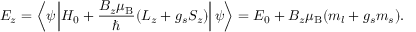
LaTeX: E _ { z } = \left\langle \psi \left| H _ { 0 } + { \frac { B _ { z } \mu _ { \mathrm { { B } } } } { \hbar } } ( L _ { z } + g _ { s } S _ { z } ) \right| \psi \right\rangle = E _ { 0 } + B _ { z } \mu _ { \mathrm { { B } } } ( m _ { l } + g _ { s } m _ { s } ) .